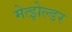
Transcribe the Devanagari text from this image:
मेत्झेल्डर